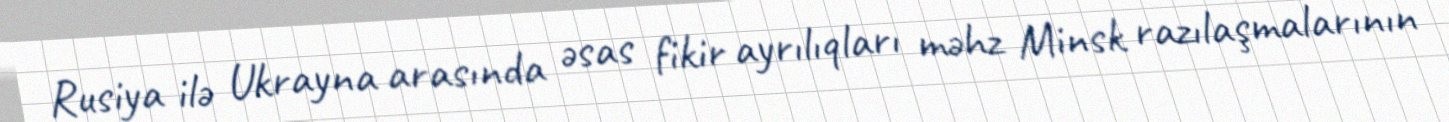
Rusiya ilə Ukrayna arasında əsas fikir ayrılıqları məhz Minsk razılaşmalarının